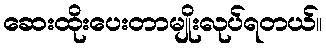
ဆေးထိုးပေးတာမျိုးလုပ်ရတယ်။